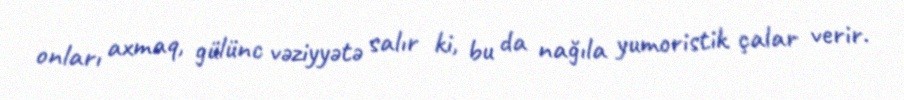
onları axmaq, gülünc vəziyyətə salır ki, bu da nağıla yumoristik çalar verir.